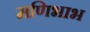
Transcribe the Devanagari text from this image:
मणिभाभ